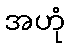
အဟုံ